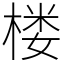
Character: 楼